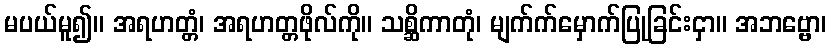
မပယ်မူ၍။ အရဟတ္တံ၊ အရဟတ္တဖိုလ်ကို။ သစ္ဆိကာတုံ၊ မျက်က်မှောက်ပြုခြင်းငှာ။ အဘဗ္ဗော၊